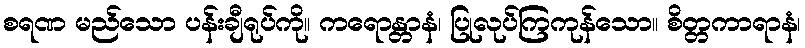
စရဏ မည်သော ပန်းချီရုပ်ကို။ ကရောန္တာနံ၊ ပြုလုပ်ကြကုန်သော။ စိတ္တကာရာနံ၊